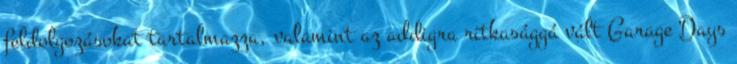
feldolgozásokat tartalmazza, valamint az addigra ritkasággá vált Garage Days